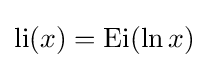
\operatorname {li} (x)={\hbox{Ei}}(\ln x)